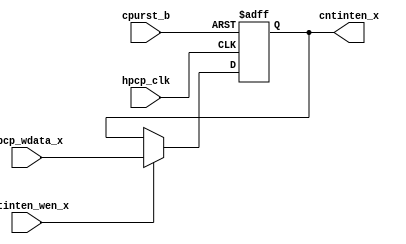
// This program was cloned from: https://github.com/T-head-Semi/openc910
// License: Apache License 2.0

/*Copyright 2019-2021 T-Head Semiconductor Co., Ltd.

Licensed under the Apache License, Version 2.0 (the "License");
you may not use this file except in compliance with the License.
You may obtain a copy of the License at

    http://www.apache.org/licenses/LICENSE-2.0

Unless required by applicable law or agreed to in writing, software
distributed under the License is distributed on an "AS IS" BASIS,
WITHOUT WARRANTIES OR CONDITIONS OF ANY KIND, either express or implied.
See the License for the specific language governing permissions and
limitations under the License.
*/

// &ModuleBeg; @22
module ct_hpcp_cntinten_reg(
  cntinten_wen_x,
  cntinten_x,
  cpurst_b,
  hpcp_clk,
  hpcp_wdata_x
);

// &Ports; @23
input        cntinten_wen_x; 
input        cpurst_b;      
input        hpcp_clk;      
input        hpcp_wdata_x;  
output       cntinten_x;    

// &Regs; @24
reg          cntinten_x;    

// &Wires @25
wire         cntinten_wen_x; 
wire         cpurst_b;      
wire         hpcp_clk;      
wire         hpcp_wdata_x;  


always @(posedge hpcp_clk or negedge cpurst_b)
begin
  if(!cpurst_b)
      cntinten_x <= 1'b0;
  else if(cntinten_wen_x) 
      cntinten_x <= hpcp_wdata_x;
  else
      cntinten_x <= cntinten_x;
end

// &Force("output","cntinten_x"); @37
// &ModuleEnd; @38
endmodule